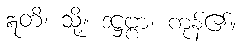
ဣတိ၊ သို့။ ဒဋ္ဌဗ္ဗာ၊ ကုန်၏။